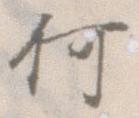
何